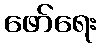
ဖော်ရေး